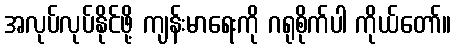
အလုပ်လုပ်နိုင်ဖို့ ကျန်းမာရေးကို ဂရုစိုက်ပါ ကိုယ်တော်။